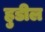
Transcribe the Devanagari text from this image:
हुडील